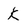
Character: K